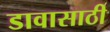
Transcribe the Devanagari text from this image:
डावासाठी